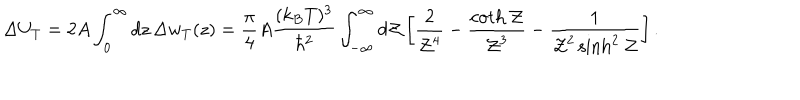
LaTeX: \Delta U _ { T } = 2 A \int _ { 0 } ^ { \infty } d z \, \Delta w _ { T } ( z ) = { \frac { \pi } { 4 } } A { \frac { ( k _ { B } T ) ^ { 3 } } { \hbar ^ { 2 } } } \int _ { - \infty } ^ { \infty } d { \cal Z } \left[ { \frac { 2 } { { \cal Z } ^ { 4 } } } - { \frac { \coth { \cal Z } } { { \cal Z } ^ { 3 } } } - { \frac { 1 } { { \cal Z } ^ { 2 } \sinh ^ { 2 } { \cal Z } } } \right] .